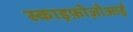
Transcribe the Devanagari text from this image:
स्काइफ़ोज़ोआई